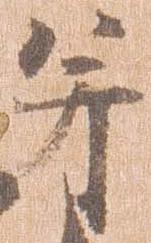
并